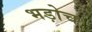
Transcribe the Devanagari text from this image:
भड़ोच